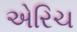
એરિચ